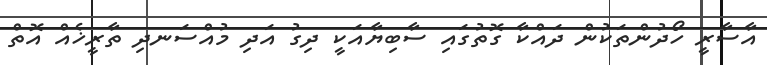
އާސާރީ ހޯދުންތަކުން ދައްކާ ގޮތުގައި ސާބިޔާއަކީ ދިގު އަދި މުއްސަނދި ތާރީޚެއް އޮތް